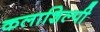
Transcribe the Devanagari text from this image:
कलाशिल्पी